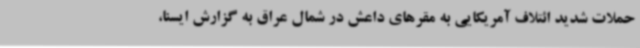
حملات شدید ائتلاف آمریکایی به مقرهای داعش در شمال عراق به گزارش ایسنا،